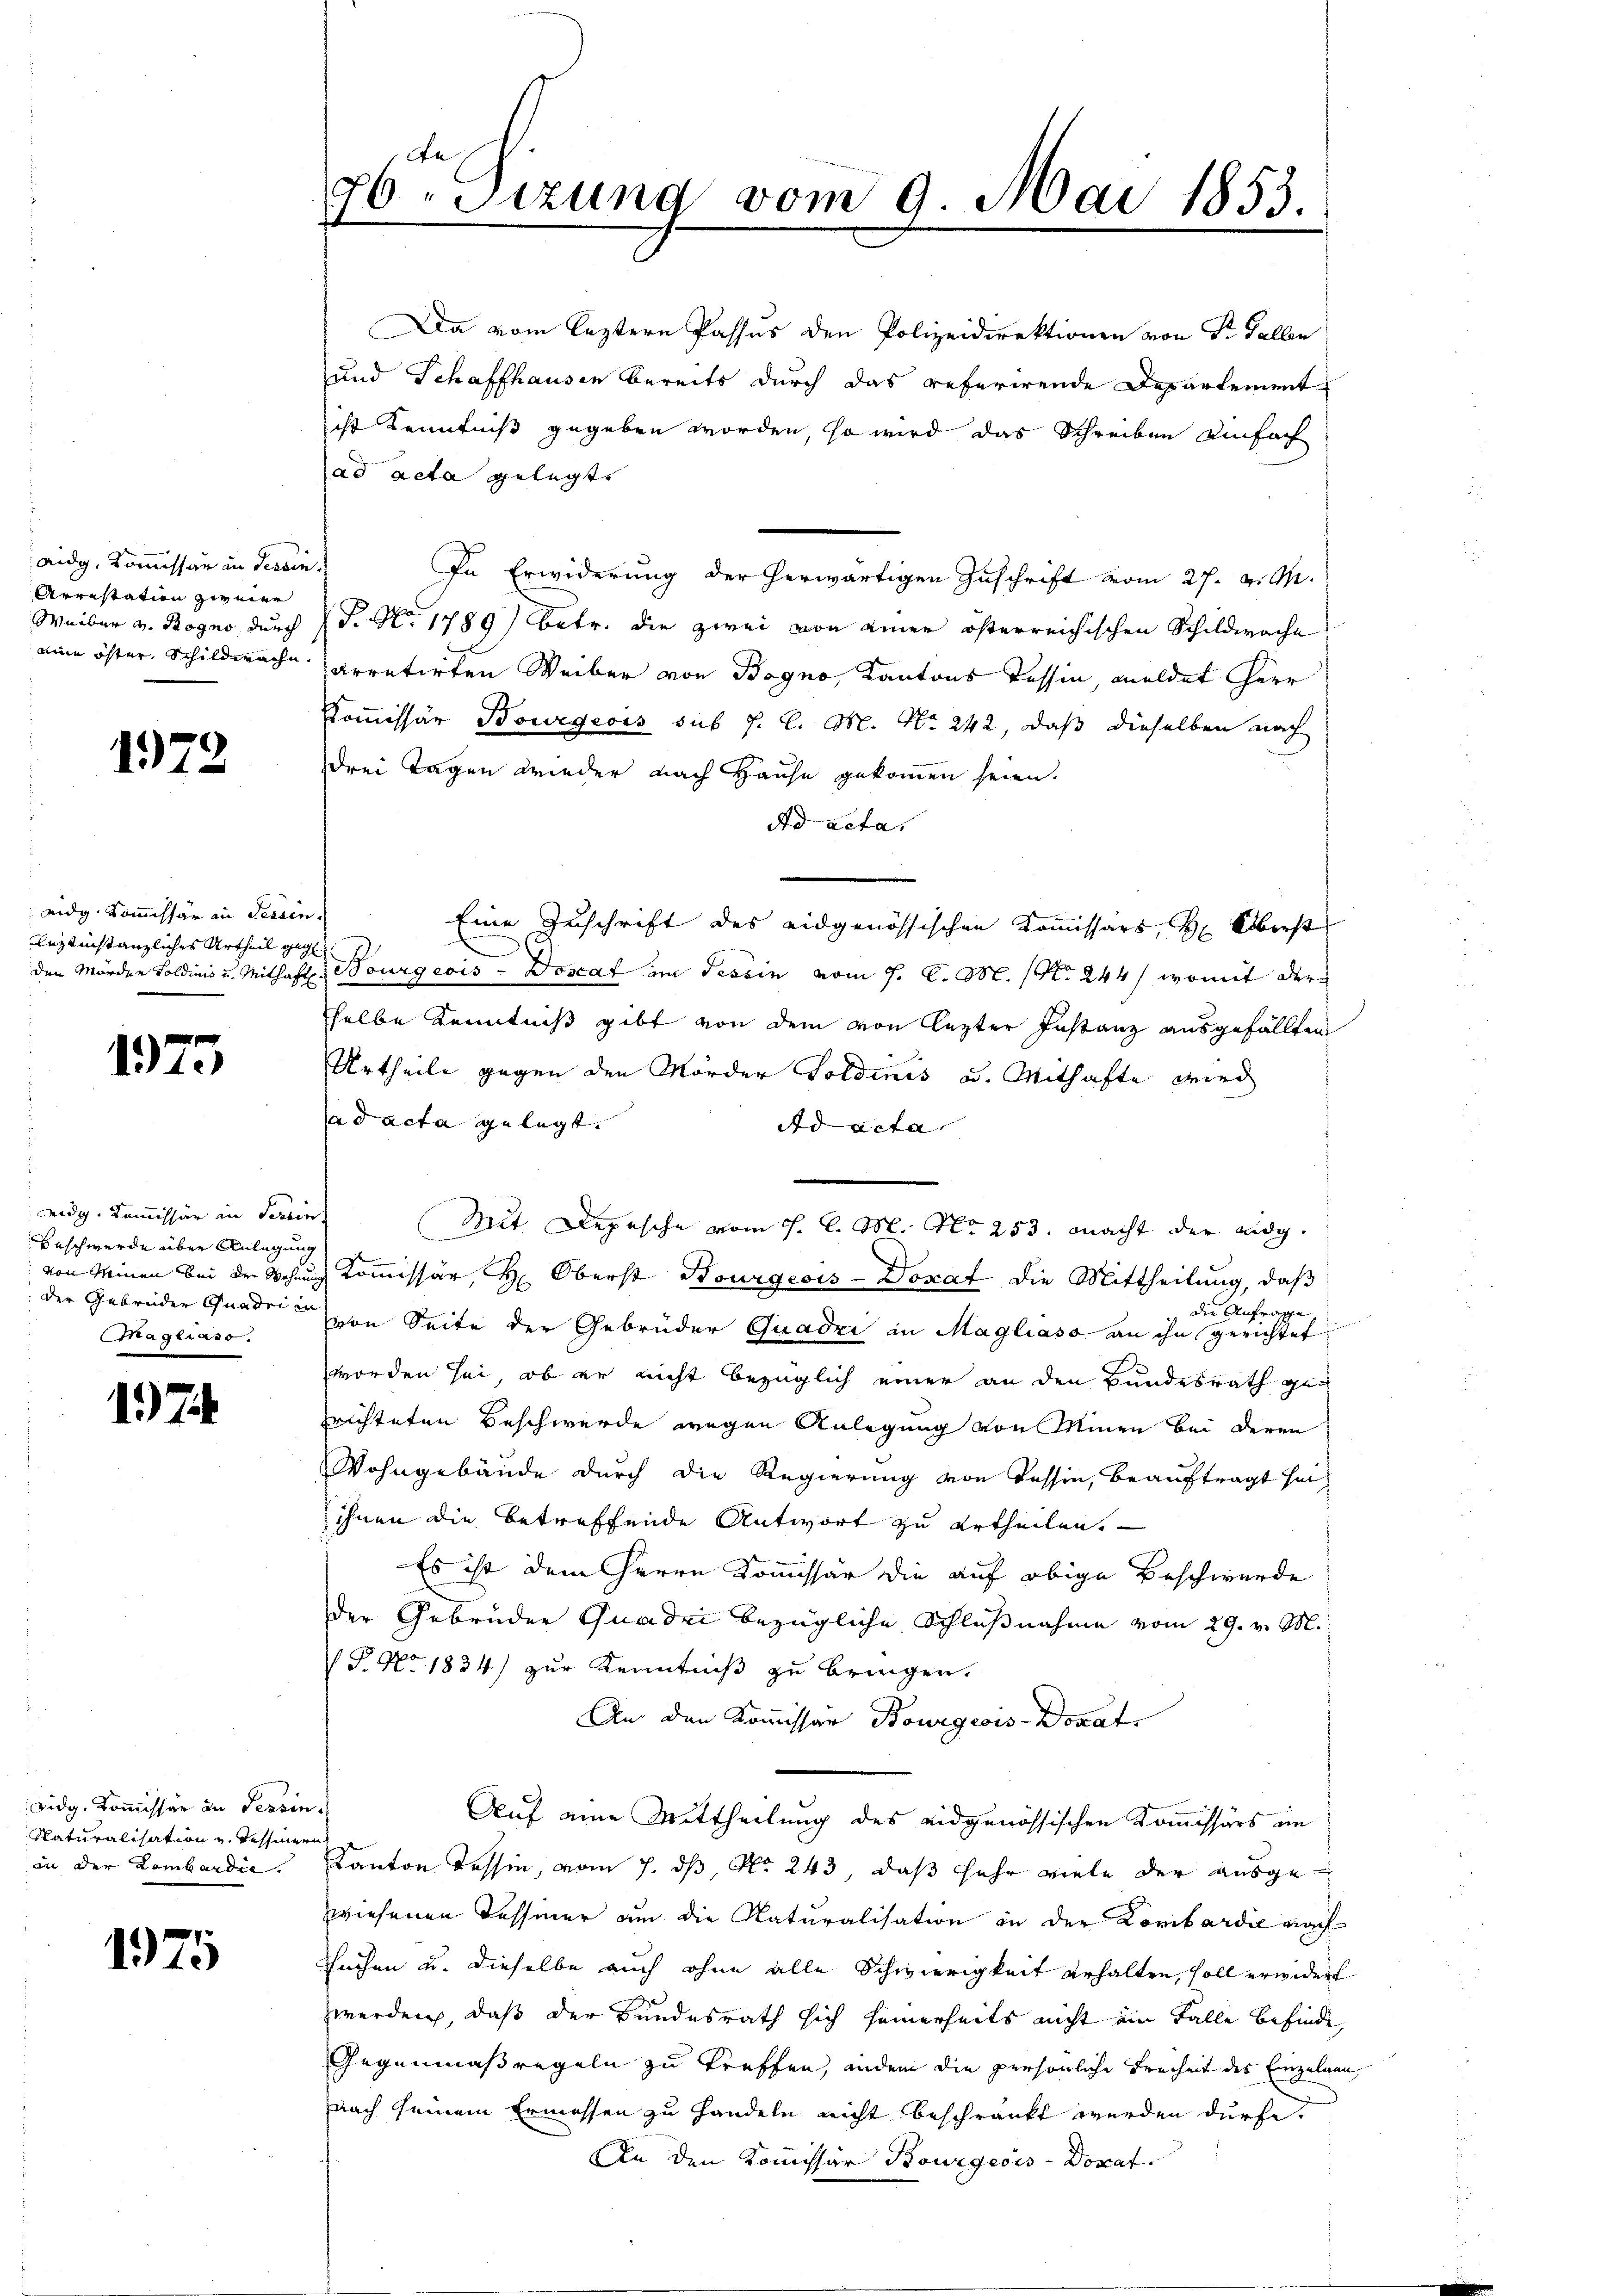
aidg, Kommissär in Tessin
Arrestation zweier
Weiber v. Rogno, durch
aine öfter, Schildwache,

1972

eidg. Kommissär in Tessir
uztinstanzliches Urtheil geden Mörden Soldinis u. Mithaf

1975

eidg. Kommissär in Terrin
Beschwerde über Anlegung
 der Gebrüder Gnadri in
mnagelass.

1. 74

vidg. Kommissär an Tessin
Naturalisation u. Tessiner
in der Lombardie

1975

76 Sezung vom 9. Mai 1853.

Da vom leztern Passus den Polizeidirektionen von Dr. Gallen
und Schaffhausen bereits durch das referirende Departement
ist Kenntniß gegeben worden, so wird das Schreiben einfach
ad acta gelegte
In Erwiderung der herwärtigen Zuschrift vom 27. v. M.
P. Nr. 1789) betr. die zwei von einer österreichischen Schildwache
arretirten Weiber von Bogno, Kantons Tessin, meldet Herr
Kommissär Bourgeois sub J. C. M. No. 242, daß dieselben nach
drei Tagen wieder nach Hause gekommen seien.
Ad acta.
c
Eine Zuschrift des eidgenössischen Kommissars, H. Überst
.
 Bourgeois - Doscaf im Tessin vom 7. d. M. (No. 244, womit der
selbe Kenntniß gibt von dem von lezter Instanz ausgefällten
Urtheile gegen den Mörder Goldinis u. Mithafte wied
ad acta gelegt.
Ad acta
Mit Depesche vom 1. l. M. No 253. macht der eidg.
von Meinen bei der Wohnung Kommissär, H. Oberst Bourgeois-Doxat die Mittheilung, daß
 die Anfrage
von Seite der Gebrüder Quadri in Magliaso an ihn gerichtet
worden sei, ob er nicht bezüglich einer an den Bundesrath gesrichteten Beschwerde wegen Anlegung von Minen bei deren
Wohngebäude durch die Regierung von Tessin, beauftragt sei
ihnen die betreffende Antwort zu ertheilen.
Es ist dem Herrn Kommissär die auf obige Beschwerde
der Gebrüder Quadei bezügliche Schlußnahme vom 29. v. M.
P No. 1834) zur Kenntniß zu bringen.
An den Kommissar Bourgeois-Donat
¬
Auf eine Mittheilung des eidgenössischen Kommissärs im
anf
Kanton Tessin, vom 7. dß, No. 243, daß sehr viele der ausgewiesenen Tessiner an die Naturalisation in der Lombardie nach
Suchen u. dieselbe auch ohne alle Schwierigkeit erhalten, soll erwidert
zwerden, daß der Bundesrath sich seinerseits nicht ein Falle befinde,
Gegenmaßregeln zu treffen, indem die persönliche Freiheit des Einzelnen,
nach seinem Ermessen zu Handeln nicht beschränkt werden dürfe,
An den Kommissar Bourgeois - Doxat.